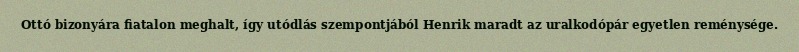
Ottó bizonyára fiatalon meghalt, így utódlás szempontjából Henrik maradt az uralkodópár egyetlen reménysége.